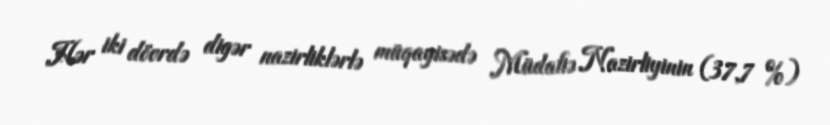
Hər iki dövrdə digər nazirliklərlə müqayisədə Müdafiə Nazirliyinin (37,7 %)